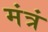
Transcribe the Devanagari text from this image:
मंत्रं